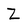
Character: Z